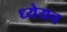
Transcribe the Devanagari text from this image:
ध्येयच